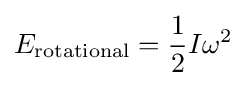
E_{\mathrm {rotational} }={\frac {1}{2}}I\omega ^{2}